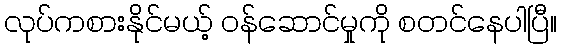
လုပ်ကစားနိုင်မယ့် ဝန်ဆောင်မှုကို စတင်နေပါပြီ။